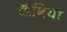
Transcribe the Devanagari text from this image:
फॅबिया